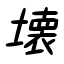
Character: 壊